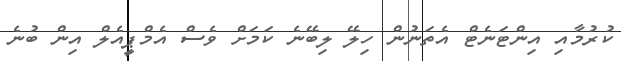
ކުރުމާއި އިންޓަނެޓް އެތަނުން ހިލޭ ލިބޭނެ ކަމަށް ވެސް އެމްޕީއެލް އިން ބުނެ